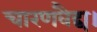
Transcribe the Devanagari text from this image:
चारणवैद्य।